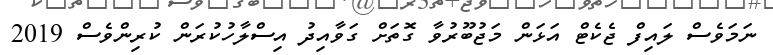
ނަމަވެސް ލައިފް ޖެކެޓް އަޅަން މަޖުބޫރުވާ ގޮތަށް ގަވާއިދު އިސްލާހުކުރަން ކުރިންވެސް 2019